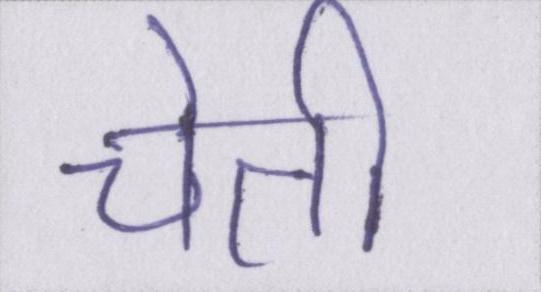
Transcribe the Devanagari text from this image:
चेती